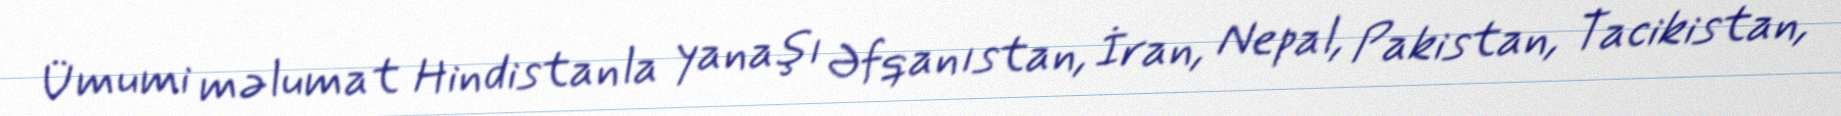
Ümumi məlumat Hindistanla yanaşı Əfqanıstan, İran, Nepal, Pakistan, Tacikistan,